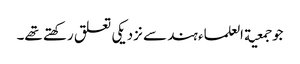
جو جمعیة العلماء ہند سے نزدیکی تعلق رکھتے تھے۔